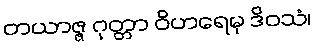
တယာဇ္ဇ ဂုတ္တာ ဝိဟရေမု ဒိဝသံ၊